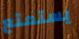
يستمتع